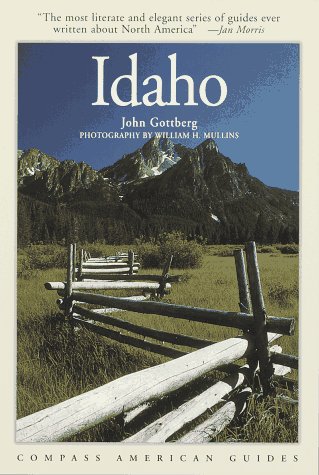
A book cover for Compass American Guides : Idaho; John Gottberg; Travel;